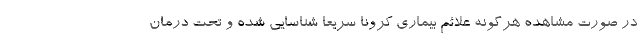
در صورت مشاهده هرگونه علائم بیماری کرونا سریعا شناسایی شده و تحت درمان